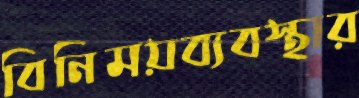
বিনিময়ব্যবস্থার